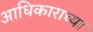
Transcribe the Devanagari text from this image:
आधिकाराच्या